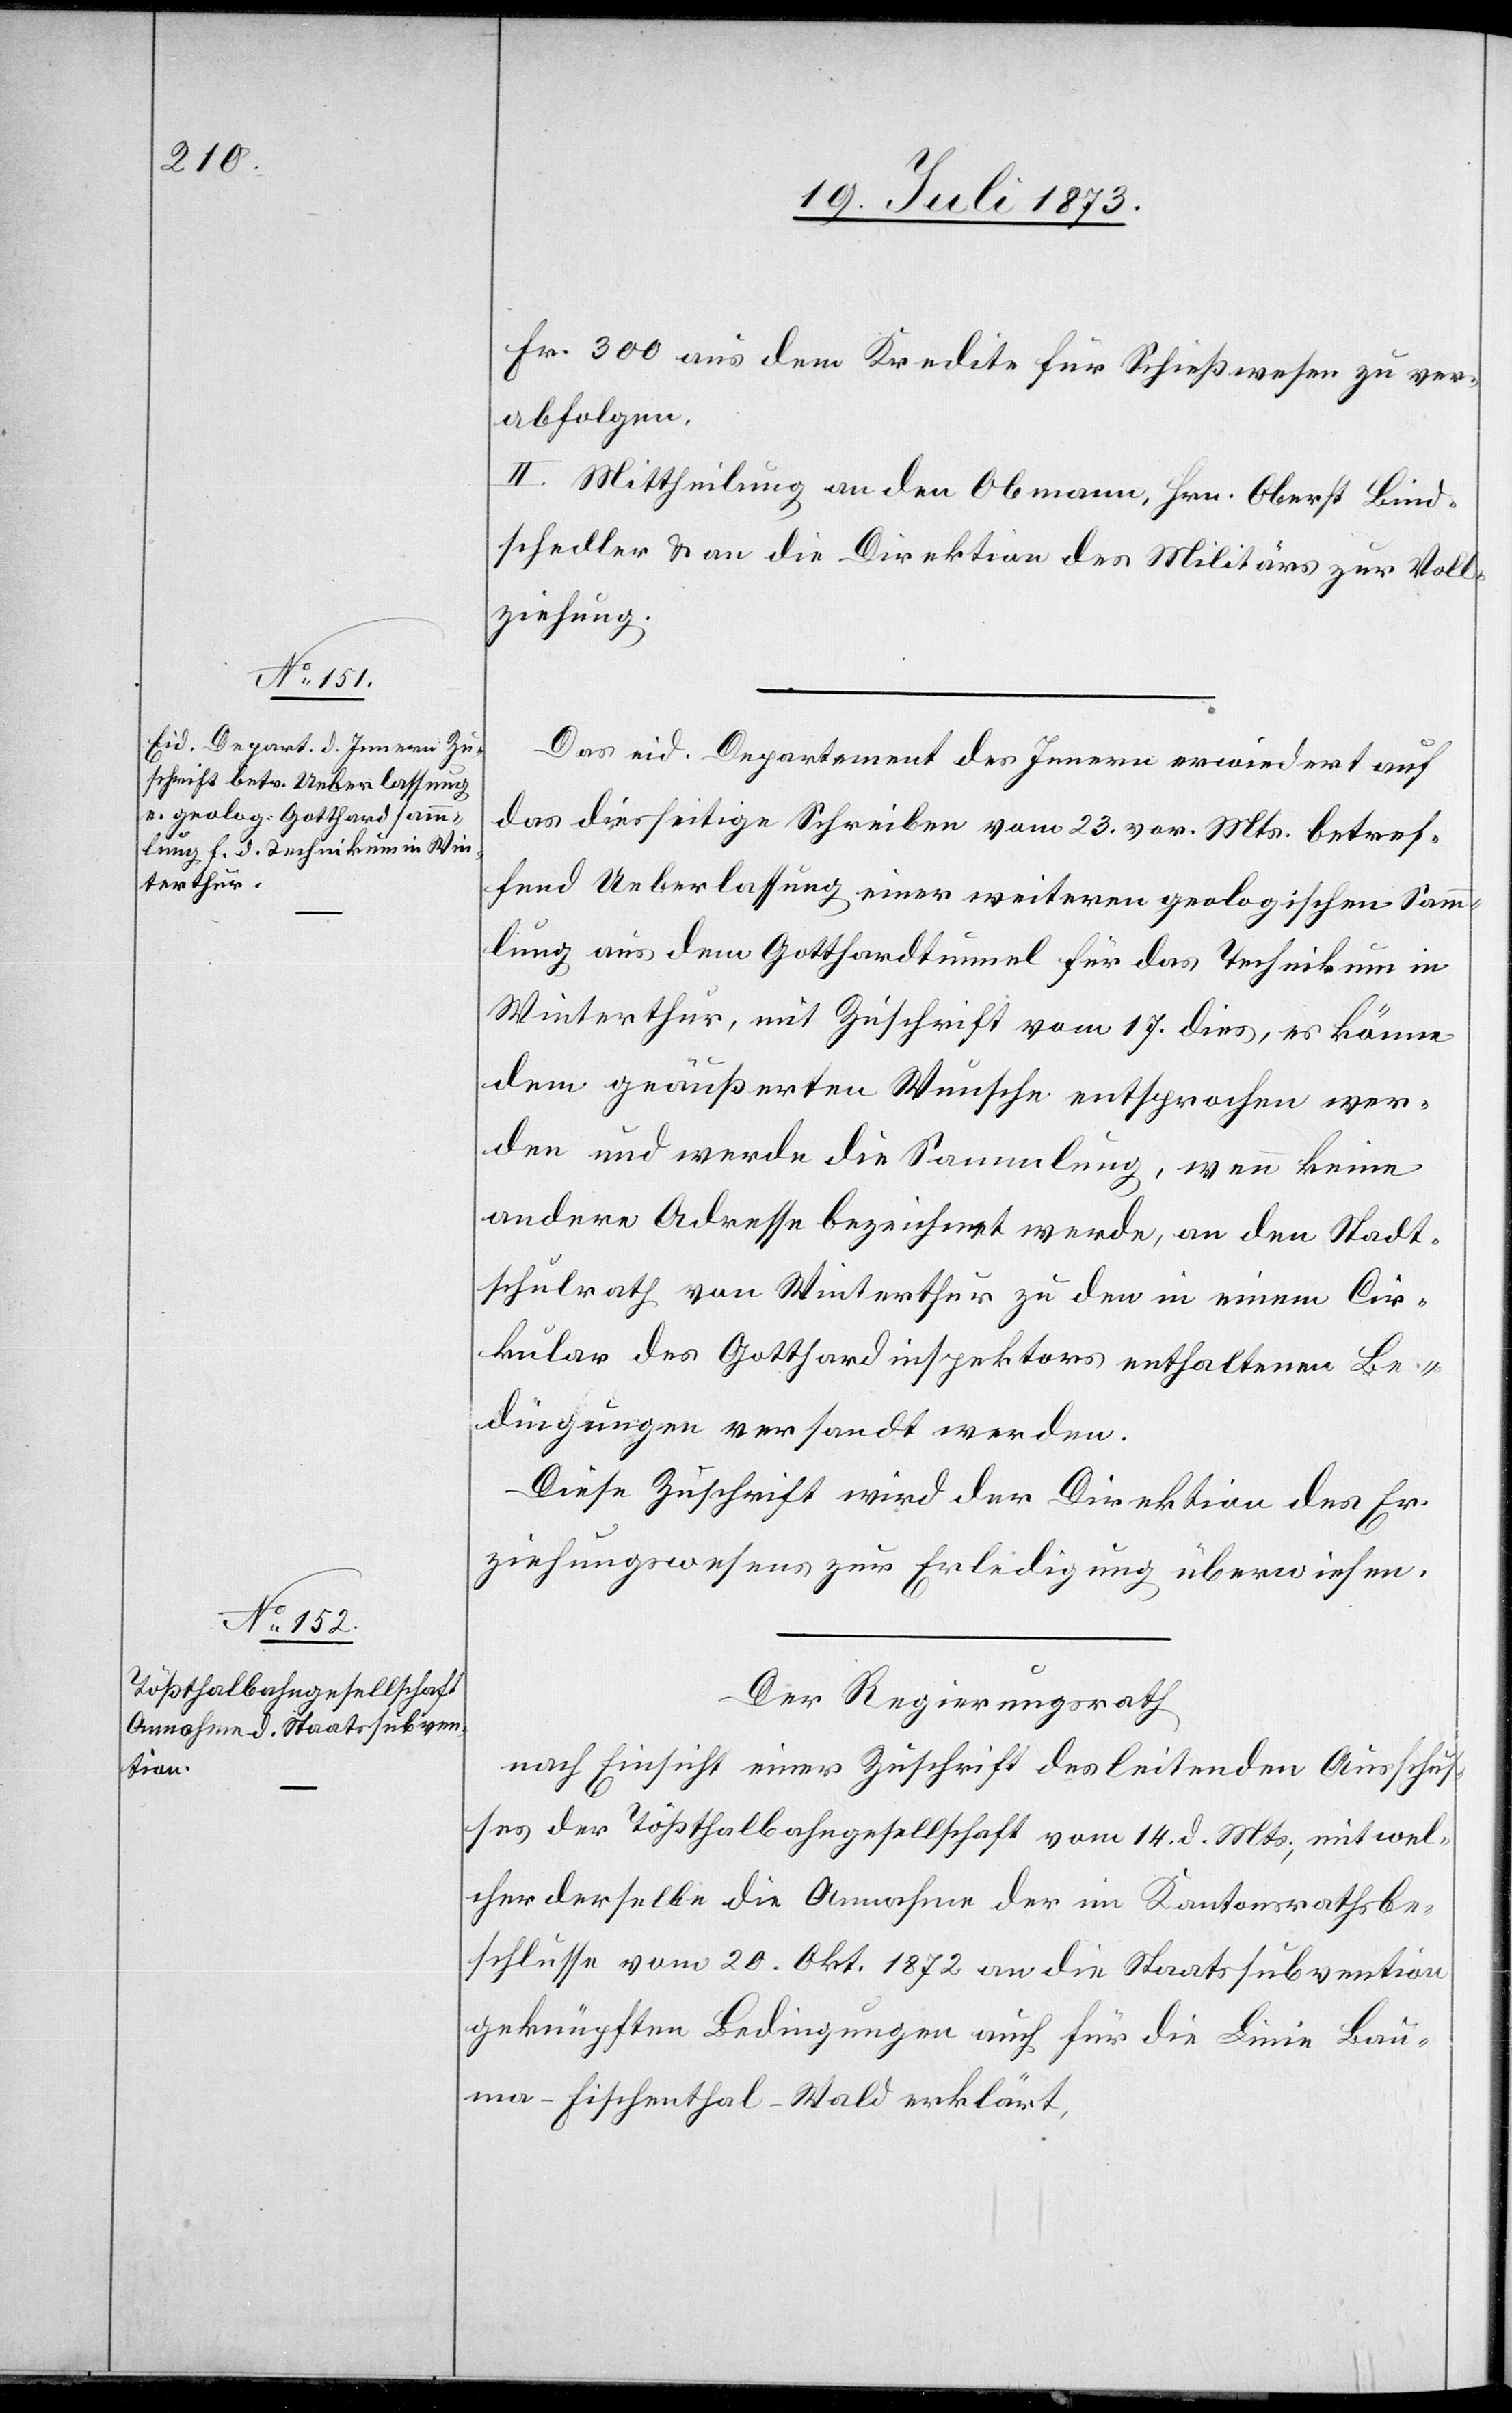
Fr. 300 aus dem Kredite für Schießwesen zu ver¬
abfolgen.
II. Mittheilung an den Obmann, Hrn. Oberst Bind¬
schedler & an die Direktion des Militärs zur Voll¬
ziehung.
Das eid. Departement des Innern erwiedert auf
das diesseitige Schreiben vom 23. vor. Mts. betref¬
fend Ueberlassung einer weiteren geologischen Samm¬
lung aus dem Gotthardtunnel für das Technikum in
Winterthur, mit Zuschrift vom 17. dies, es könne
dem geäußerten Wunsche entsprochen wer¬
den und werde die Sammlung, wenn keine
andere Adresse bezeichnet werde, an den Stadt¬
schulrath von Winterthur zu den in einem Cir¬
kular des Gotthardinspektors enthaltenen Be¬
dingungen versandt werden.
Diese Zuschrift wird der Direktion des Er¬
ziehungswesens zur Erledigung überwiesen.
Der Regierungsrath
nach Einsicht einer Zuschrift des leitenden Ausschus¬
ses der Tößthalbahngesellschaft vom 14. d. Mts., mit wel¬
cher derselbe die Annahme der im Kantonsrathsbe¬
schlusse vom 20. Okt. 1872 an die Staatssubvention
geknüpften Bedingungen auch für die Linie Bau¬
ma–Fischenthal–Wald erklärt,